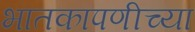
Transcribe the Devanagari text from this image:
भातकापणीच्या